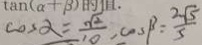
\cos \alpha = \frac { \sqrt { 2 } } { 1 0 } , \cos \beta = \frac { 2 \sqrt { 5 } } { 5 }